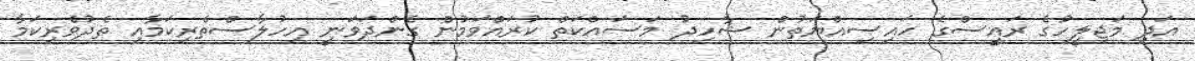
އަދި މަޖިލީހުގެ ރައީސްގެ ހައިސިއްޔަތުން ޝާހިދު މަސައްކަތް ކުރައްވަމުން ގެންދަވަނީ އިހުލާސްތެރިކަމާއި ތެދުވެރިކަމާ